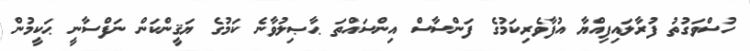
ހުސްވަގުތު ފުރާލައިފިއްޔާ އުފާވެރިކަމުގެ ފަންސާސް އިންސައްތަ ޙާޞިލުވާނެ ކަމުގެ ޔަޤީންކަން ނަފްސާނީ ޙަކީމުން